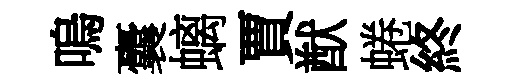
嗚囊螭賈猷蜷終